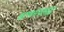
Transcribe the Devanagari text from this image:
काव्यसंग्रहसुद्धा